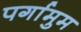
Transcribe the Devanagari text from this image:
पर्गामुम